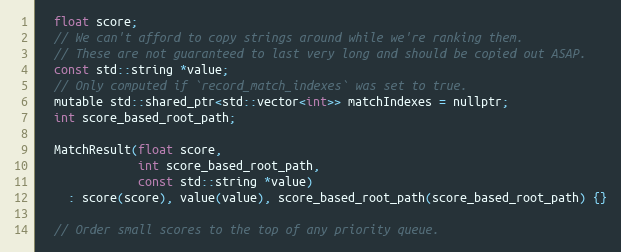
Language: C
  float score;
  // We can't afford to copy strings around while we're ranking them.
  // These are not guaranteed to last very long and should be copied out ASAP.
  const std::string *value;
  // Only computed if `record_match_indexes` was set to true.
  mutable std::shared_ptr<std::vector<int>> matchIndexes = nullptr;
  int score_based_root_path;

  MatchResult(float score,
              int score_based_root_path,
              const std::string *value)
    : score(score), value(value), score_based_root_path(score_based_root_path) {}

  // Order small scores to the top of any priority queue.